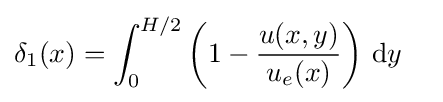
{\delta _{1}(x)}=\int _{0}^{H/2}{\left(1-{u(x,y) \over u_{e}(x)}\right)\,\mathrm {d} y}\quad